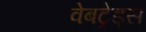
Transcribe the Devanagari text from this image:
वेबट्रेंड्स